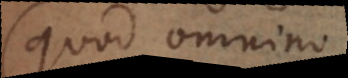
(quod omnino